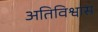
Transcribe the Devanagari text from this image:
अतिविश्वास